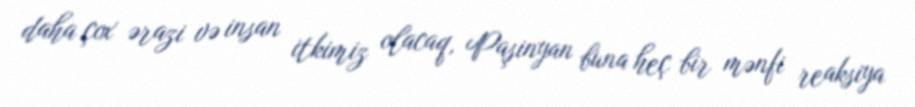
daha çox ərazi və insan itkimiz olacaq, Paşinyan buna heç bir mənfi reaksiya